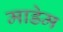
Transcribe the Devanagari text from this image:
माडेम